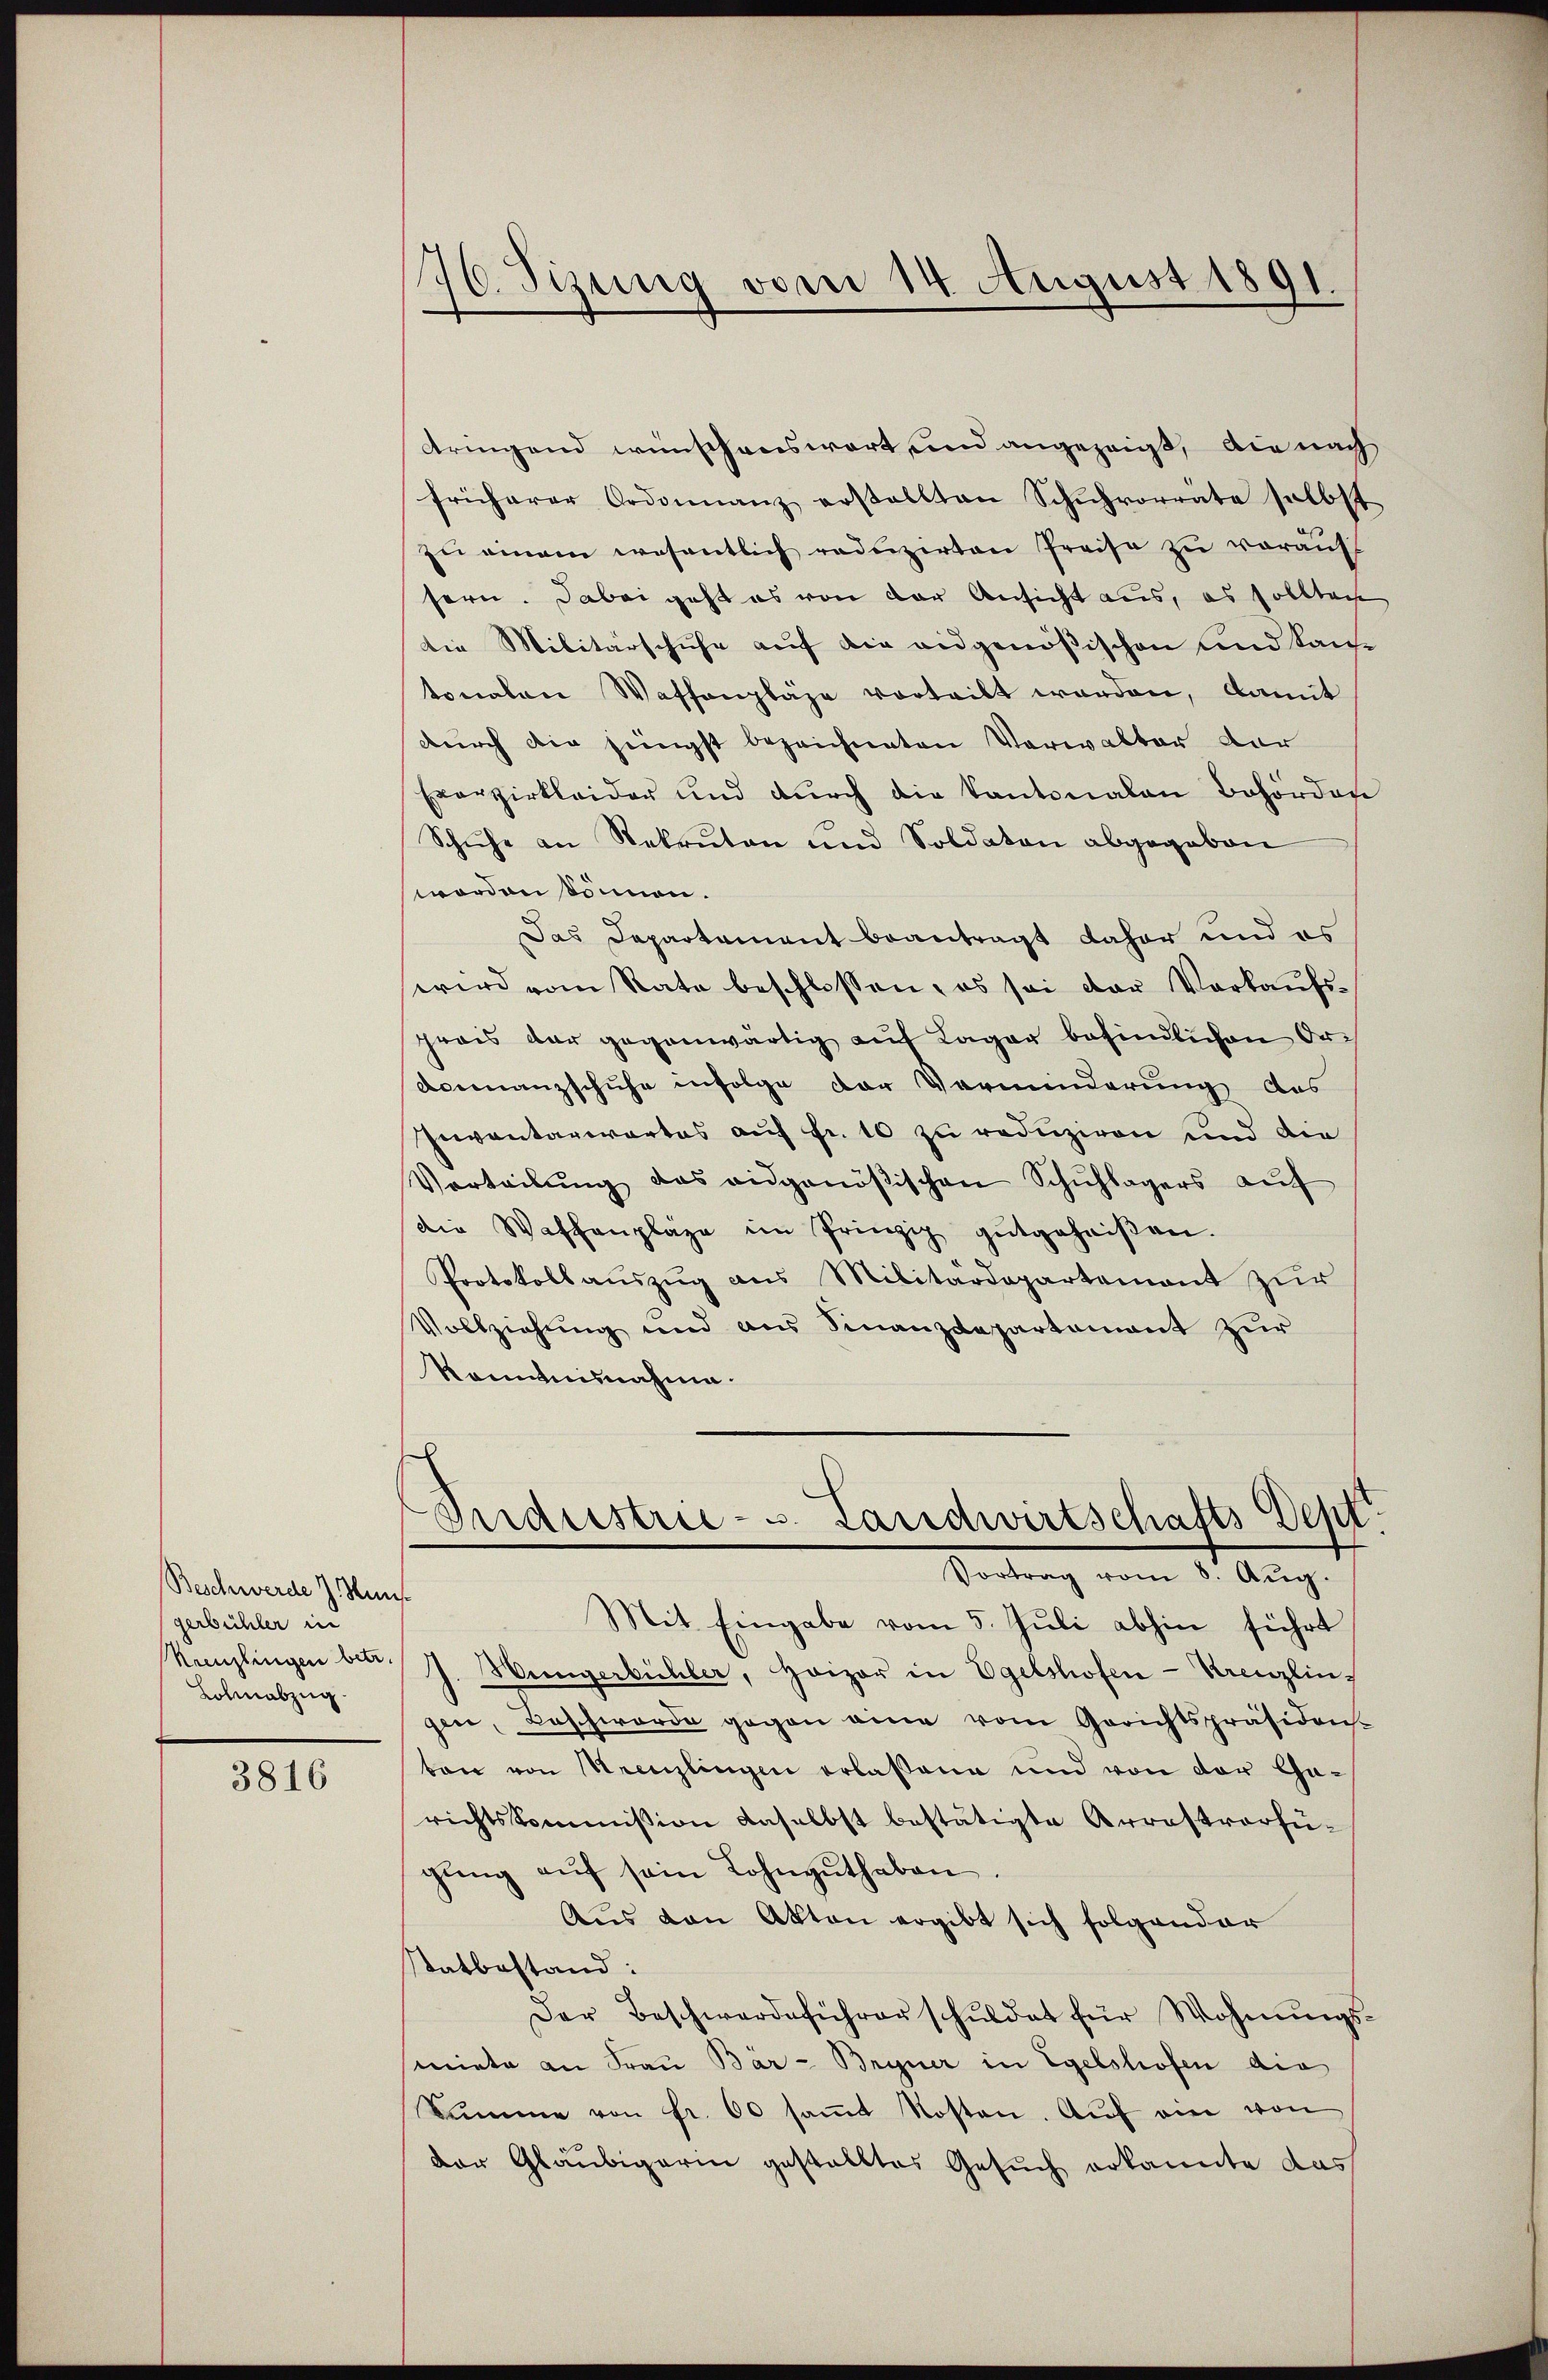
Beschwerde J. Huns.
gerbühler in
Kolinabzug.

3816

76. Sizung vom 14. August 1891.

dringend wünschenswart und angezeigt, die nach
früherer Ordonnanz erstellten Schŭhvorräte selbst
zu einem wesentlich reduzirten Preise zu vorauf
sern. Dabei geht es von der Ansicht aus, es sollten
die Militärschuhe auf die eidgenößischen und kaufe
tonalen Waffenpläge vorteilt worden, damit
durch die jüngst bezeichneten Verwalter der
Exerzirkleider und dŭrch die Kantonalen Behörden
Schuhe an Rekruten und Soldaten abgegeben
worden sömen.
Das Capartement beantragt daher und es
wird vom Rate beschlossen, es sei der Verkaŭfs-
prais dar gegenwärtig auf Lager befindlichen Or¬
Finanzschuhe infolge der Verminderung des
Inventarwartes auf Fr. 10 zu reduziren und die
Vorteilŭng das ausgenößischen Schuhlagers aŭf
die Waffenpläge im Prinzip gutgeheiβen.
Protokollauszug aus Militärdepartement zur
Vollziehung und aus Finanzdepartement zur
Konntnisnahme.

Industrie - u. Landwirtschafts Dept
Vortrag vom 8. Aug.

Mit Eingabe vom 5. Juli abhin führt
Kreuzlingen bis J. Müngerbüchler, Heizer in Egelshofen-Kreuzlingen, Beschworde gegen eine vom Gerichtspräsiden-
ten von Neenzlingen erlassene und von der Garichtskommission daselbst bestätigte Arrastverfü-
gŭng aŭf sein Lohngŭthaben.
Aus den Akten ergibt sich folgender
Statbestand:
Der Beschwerdeführer schuldet für Wohnŭngs-
miete an Frau Bär - Bryner in Egelshofen die
Sŭmme von fr. 60 saṁt Kosten. Aŭf ein von
der Gläubigerin gestelltes Gesuch erkannte das